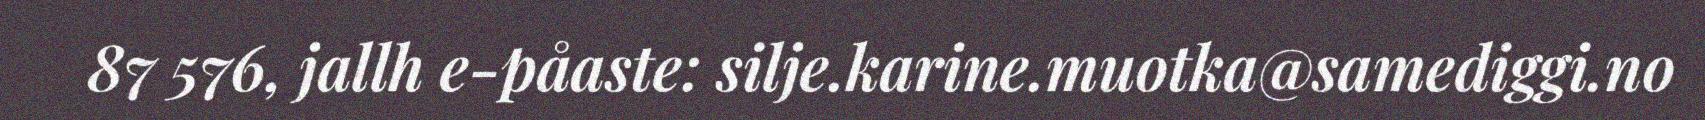
87 576, jallh e-påaste: silje.karine.muotka@samediggi.no